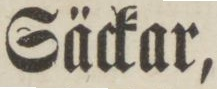
Säckar,